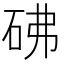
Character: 砩